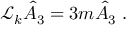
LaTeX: \mathcal { L } _ { k } \hat { A } _ { 3 } = 3 m \hat { A } _ { 3 } \; .